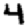
Digit: 4